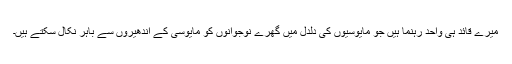
میرے قائد ہی واحد رہنما ہیں جو مایوسیوں کی دلدل میں گھرے نوجوانوں کو مایوسی کے اندھیروں سے باہر نکال سکتے ہیں۔